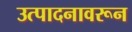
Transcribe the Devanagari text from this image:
उत्पादनावरून